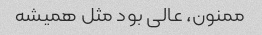
ممنون، عالی بود مثل همیشه